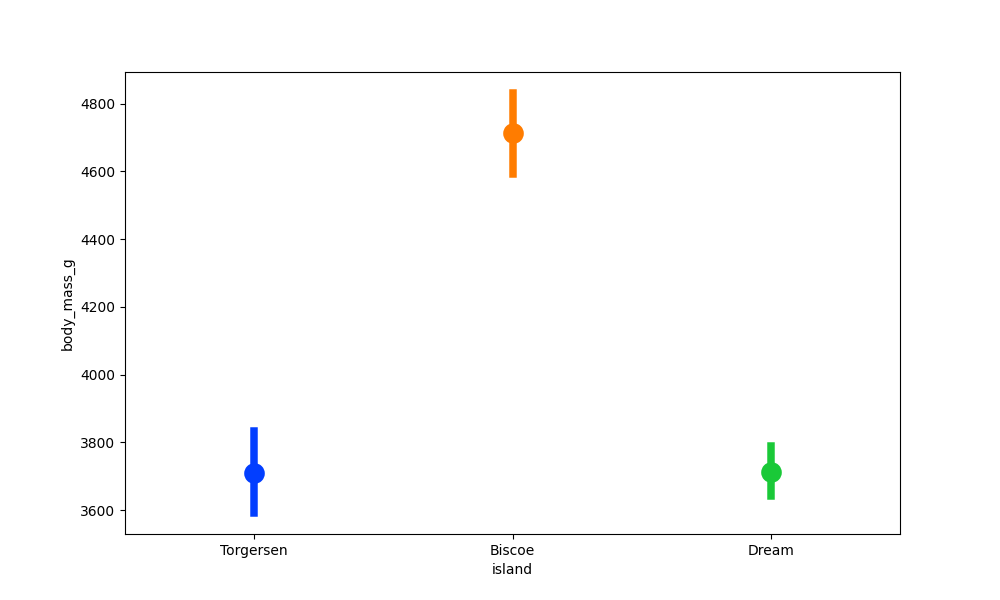
python, seaborn, pointplot, scale=2.0, join=True, hue='None', palette='bright'